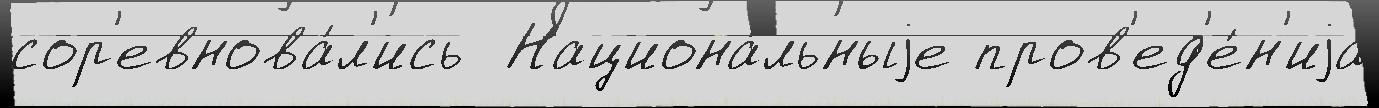
сор'евнова́л'ись  Национа́льныjе пров'ед'е́н'иjа